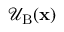
\mathcal { U } _ { \mathrm { B } } ( \mathbf { x } )